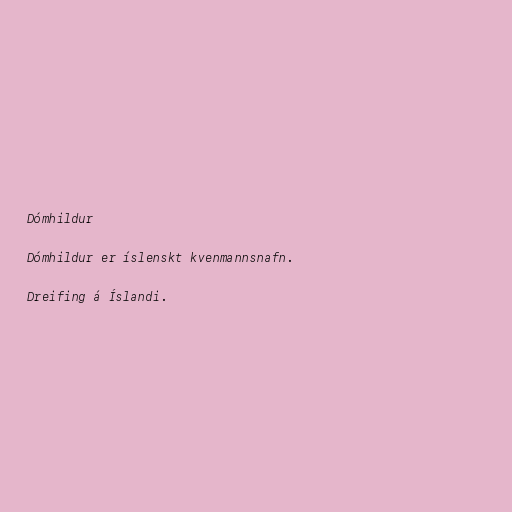
Dómhildur

Dómhildur er íslenskt kvenmannsnafn.

Dreifing á Íslandi.